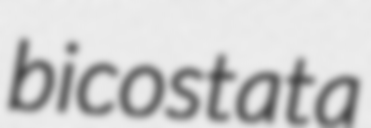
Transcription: bicostata